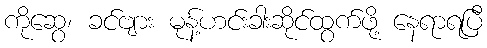
ကိုဆွေ၊ ခင်ဗျား မုန့်ဟင်းခါးဆိုင်ထွက်ဖို့ နေရာရပြီ